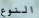
النوع